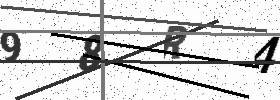
Text: 98R4